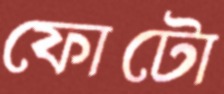
ফোটো